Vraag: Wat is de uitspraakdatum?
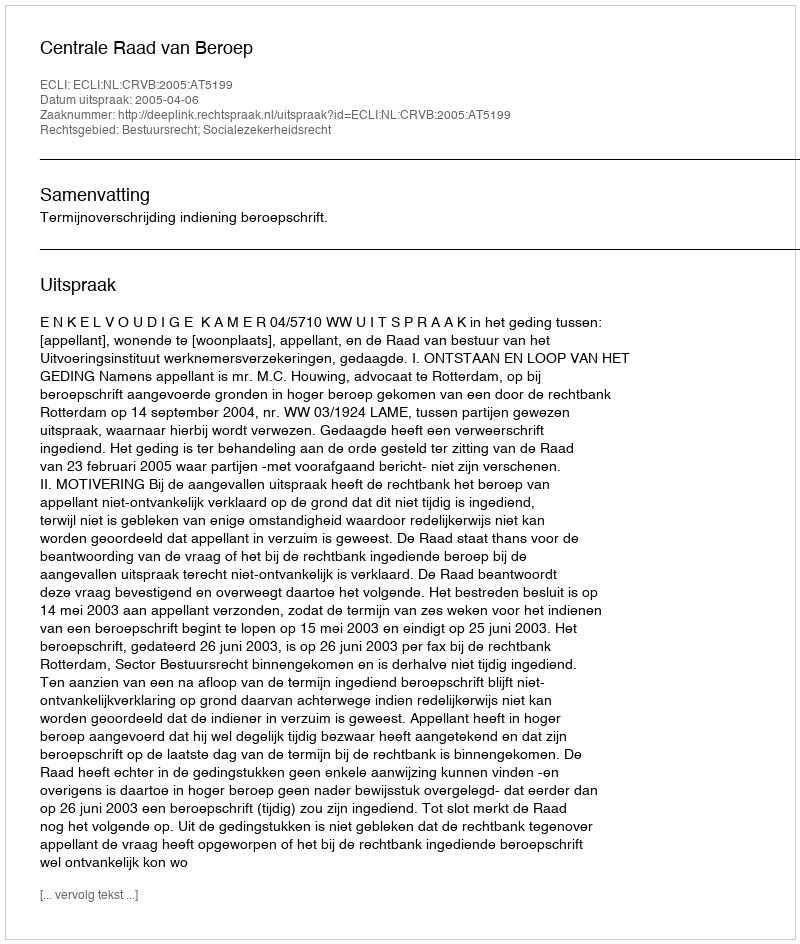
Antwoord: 2005-04-06